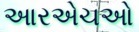
આરએચઓ